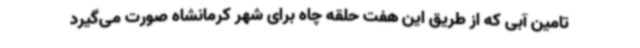
تامین آبی که از طریق این هفت حلقه چاه برای شهر کرمانشاه صورت می‌گیرد